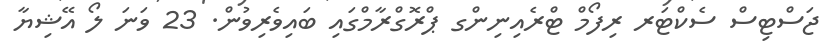
ޖަސްޓިސް ސެކްޓަރ ރިފޯމް ޓްރެއިނިންގ ޕްރޮގްރާމްގައި ބައިވެރިވުން. 23 ވަނަ ލޯ އޭޝިޔާ